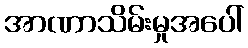
အာဏာသိမ်းမှုအပေါ်